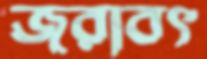
জরাবৎ